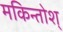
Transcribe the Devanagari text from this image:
मकिन्तोश्